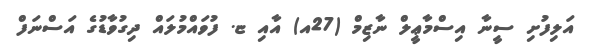
އަލިފުށި ސީނާ އިސްމާޢީލް ނާޒިމް (27އ) އާއި ޏ. ފުވައްމުލައް ދިގުވާޑުގެ އަސްނަފް